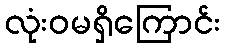
လုံးဝမရှိကြောင်း